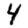
Digit: 4